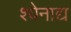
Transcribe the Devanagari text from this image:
श्येनाद्य